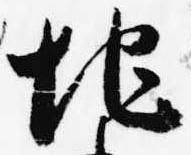
地